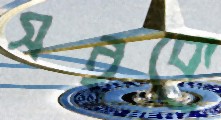
সইকে